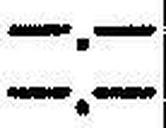
—.—